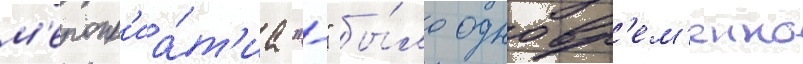
м'еропр'иа́т'иа "-" бы́ло одновр'ем'енно